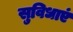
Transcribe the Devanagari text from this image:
सुविधाएं